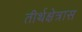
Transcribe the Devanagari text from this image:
तीर्थक्षेत्रास